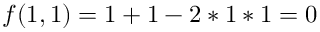
f ( 1 , 1 ) = 1 + 1 - 2 * 1 * 1 = 0